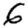
Digit: 6